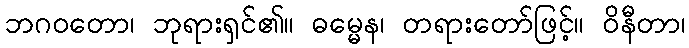
ဘဂဝတော၊ ဘုရားရှင်၏။ ဓမ္မေန၊ တရားတော်ဖြင့်။ ဝိနီတာ၊